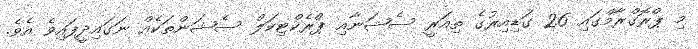
މި ޕްރޮގްރާމްގައި 26 ގަޑިއިރުގެ ތިއަރީ ސެޝަނާއި ޕްރެކްޓިކަލް ސެޝަންތަކެއް ނަގައިދީފައިވެ އެވެ.